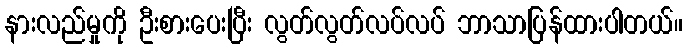
နားလည်မှုကို ဦးစားပေးပြီး လွတ်လွတ်လပ်လပ် ဘာသာပြန်ထားပါတယ်။